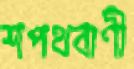
শপথবাণী